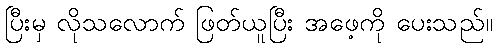
ပြီးမှ လိုသလောက် ဖြတ်ယူပြီး အဖေ့ကို ပေးသည်။